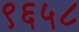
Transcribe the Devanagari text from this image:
९६५८